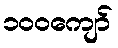
၁၀၀ကျော်